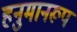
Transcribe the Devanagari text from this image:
हनुमानरूप